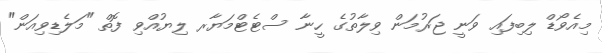
މިއެވޯޑް ލިބިފައި ވަނީ ޖަރުމަން ވިލާތުގެ ހީނާ ސްޓެޓްމަޔާރ ލިޔުއްވި ފޮތް "މަލެޑިވިއަން"